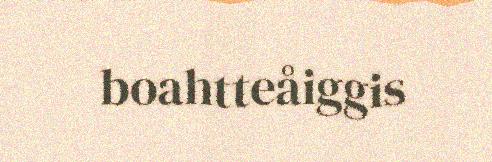
boahtteåiggis